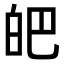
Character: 皅